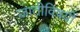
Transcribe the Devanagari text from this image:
जातीविषयीं